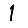
Digit: 1